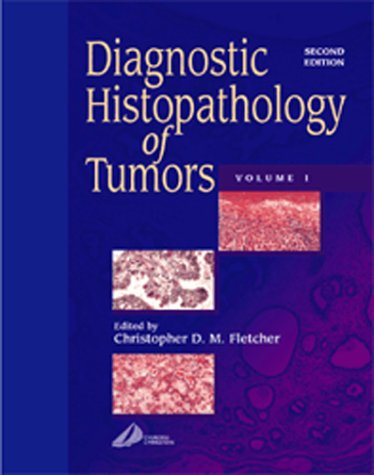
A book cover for Diagnostic Histopathology of Tumors: 2-Volume Set, 2e; Christopher D. M. Fletcher MD  FRCPath; Medical Books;